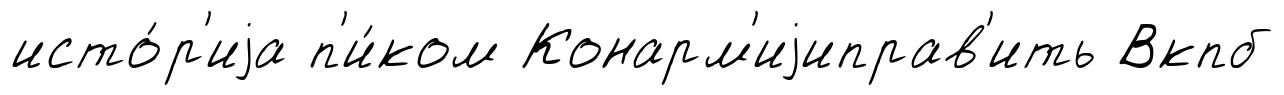
исто́р'иjа п'и́ком Конарм'иjиправ'ить Вкпб